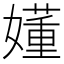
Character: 嬞